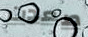
صعدت